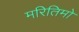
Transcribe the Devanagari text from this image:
मरितिमो